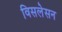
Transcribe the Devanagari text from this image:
विसलेसन